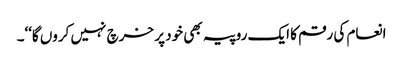
انعام کی رقم کا ایک روپیہ بھی خود پر خرچ نہیں کروں گا‘‘۔